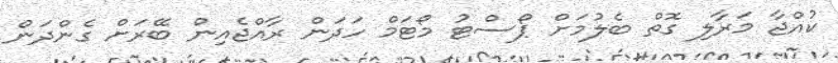
ކުއްޖާ މަރާލި ގޮތް ބެލުމަށް ޕޯސްޓު މޯޓަމް ހަދަން ރާއްޖެއިން ބޭރަށް ގެންދަން